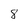
Character: 8